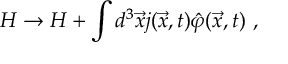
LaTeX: { \cal H } \rightarrow { \cal H } + \int d ^ { 3 } { \vec { x } } j ( { \vec { x } } , t ) { \hat { \varphi } } { ( \vec { x } } , t ) \ ,